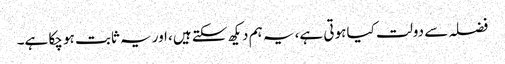
فضلہ سے دولت کیا ہوتی ہے، یہ ہم دیکھ سکتے ہیں، اور یہ ثابت ہو چکا ہے۔